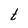
Character: t